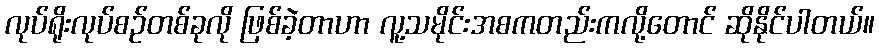
လုပ်ရိုးလုပ်စဉ်တစ်ခုလို ဖြစ်ခဲ့တာဟာ လူ့သမိုင်းအစကတည်းကလို့တောင် ဆိုနိုင်ပါတယ်။